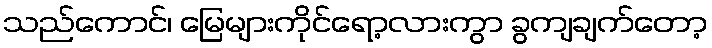
သည်ကောင်၊ မြေများကိုင်ရော့လားကွာ ခွကျချက်တော့